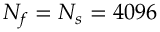
N _ { f } = N _ { s } = 4 0 9 6